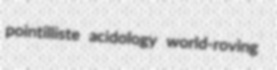
pointilliste acidology world-roving